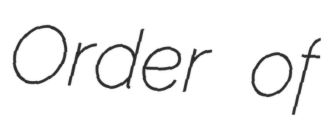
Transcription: Order of